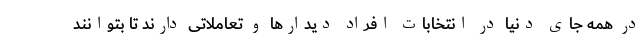
در همه جای دنیا در انتخابات افراد دیدارها و تعاملاتی دارند تا بتوانند